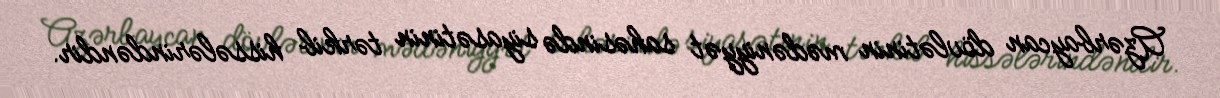
Azərbaycan dövlətinin mədəniyyət sahəsində siyasətinin tərkib hissələrindəndir.